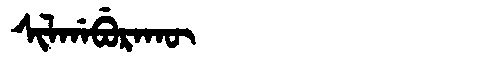
Manchu: ᠰᡳᠯᡤᠠᠪᡠᡵᠠᡴᡡ
Romanization: SILGABURAKŪ